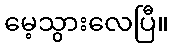
မေ့သွားလေပြီ။